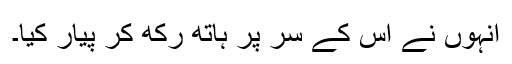
انہوں نے اس کے سر پر ہاتھ رکھ کر پیار کیا۔